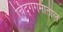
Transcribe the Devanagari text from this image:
चिद्‌गगनातील